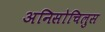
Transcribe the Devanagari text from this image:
अनिसोचिलुस